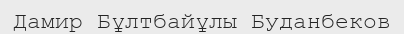
Дамир Бұлтбайұлы Буданбеков